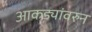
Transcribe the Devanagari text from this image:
आकड्यांवरुन